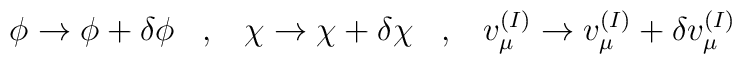
\phi\rightarrow \phi+\delta\phi \;\;\;,\;\;\;     \chi\rightarrow \chi+\delta\chi \;\;\;,\;\;\;     v^{(I)}_{\mu}\rightarrow v^{(I)}_{\mu}+\delta v^{(I)}_{\mu}